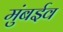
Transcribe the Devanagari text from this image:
मुंबईव